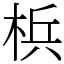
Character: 梹